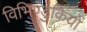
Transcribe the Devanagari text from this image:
विभिण्डुकियों